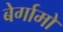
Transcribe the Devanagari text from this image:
बेर्गामो